Indian journal of veterinary science and animal husbandry - Volumes 22-23, 1952-1953
Year: 1952
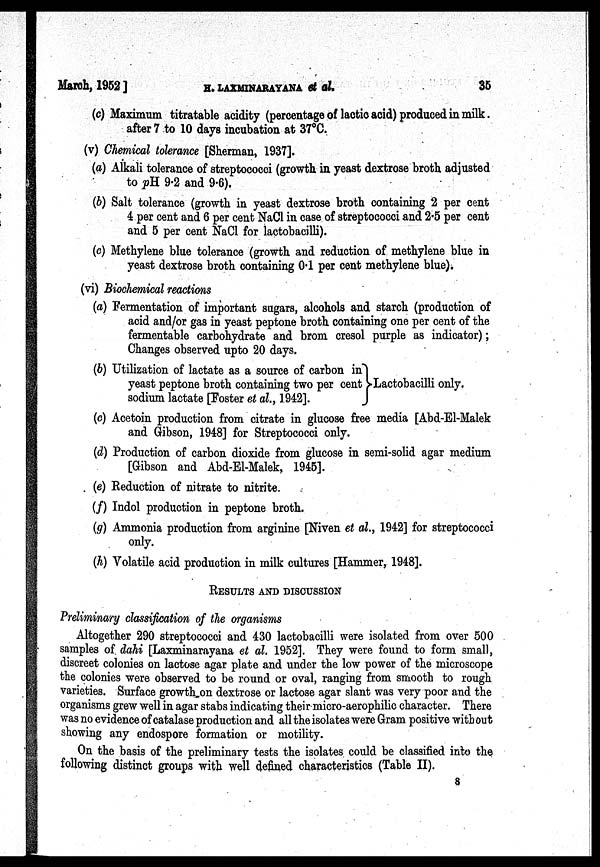
March, 1952] H. LAXMINARAYANA et al.
35
(c) Maximum titratable acidity (percentage of lactic acid) produced in milk.
after 7 to 10 days incubation at 37°C.
(v) Chemical tolerance [Sherman, 1937].
(a) Alkali tolerance of streptococci (growth in yeast dextrose broth adjusted
to pH. 9.2 and 9.6).
(b) Salt tolerance (growth in yeast dextrose broth containing 2 per cent
4 per cent and 6 per cent NaCl in case of streptococci and 2.5 per cent
and 5 per cent NaCl for lactobacilli).
(c) Methylene blue tolerance (growth and reduction of, methylene blue in
yeast dextrose broth containing 0.1 per cent methylene blue)i
(vi) Biochemical reactions
(a) Fermentation of important sugars, alcohols and starch (production of
acid and/or gas in yeast peptone broth containing one per cent of the
fermentable carbohydrate and brom cresol purple as indicator);
Changes observed upto 20 days.
(b) Utilization of lactate as a source of carbon in
yeast peptone broth containing two per cent Lactobacilli only,
sodium lactate [Foster et al., 1942].
(c) Acetoin production from citrate in glucose free media [Abd-El-Malek
and Gibson, 1948] for Streptococci only.
(d) Production of carbon dioxide from glucose in semi-solid agar medium
[Gibson and Abd-El-Malek, 1945].
(e) Reduction of nitrate to nitrite.
(f) Indol production in peptone broth.
(g) Ammonia production from arginine [Niven et al., 1942] for streptococci
only.
(h) Volatile acid production in milk cultures [Hammer, 1948].
RESULTS AND DISCUSSION
Preliminary classification of the organisms
Altogether 290 streptococci and 430 lactobacilli were isolated from over 500
samples of. dahi [Laxminarayana et al. 1952]. They were found to form small,
discreet colonies on lactose agar plate and under the low power of the microscope
the colonies were observed to be round or oval, ranging from smooth to rough
varieties. Surface growth on dextrose or lactose agar slant was very poor and the
organisms grew well in agar stabs indicating their micro-aerophilic character. There
was no evidence of catalase production and all the isolates were Gram positive with out
showing any endospore formation or motility.
On the basis of the preliminary tests the isolates could be classified into the
following distinct groups with well defined characteristics (Table II).
8